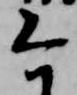
今